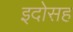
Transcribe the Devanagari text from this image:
इदोसह